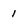
Character: 1